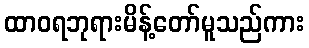
ထာဝရဘုရားမိန့်တော်မူသည်ကား